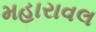
મહારાવલ